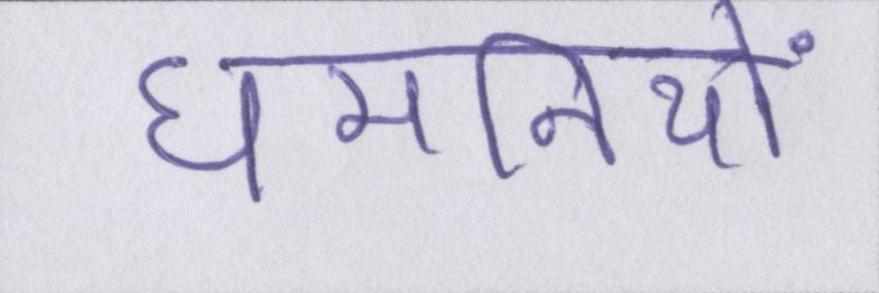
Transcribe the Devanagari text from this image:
धमनियों